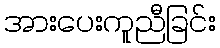
အားပေးကူညီခြင်း